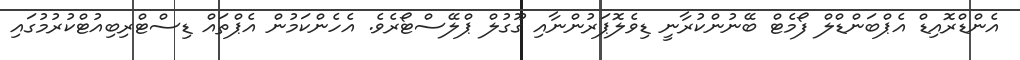
އެންޑްރޮއިޑް އެޕްބަންޑްލް ފޯމެޓް ބޭނުންކުރާނީ ޑިވެލޮޕަރުންނާއި ގޫގުލް ޕްލޭސްޓޯރެވެ. އެހެންކަމުން އެޕްތައް ޑިސްޓްރިބިއުޓްކުރުމުގައި